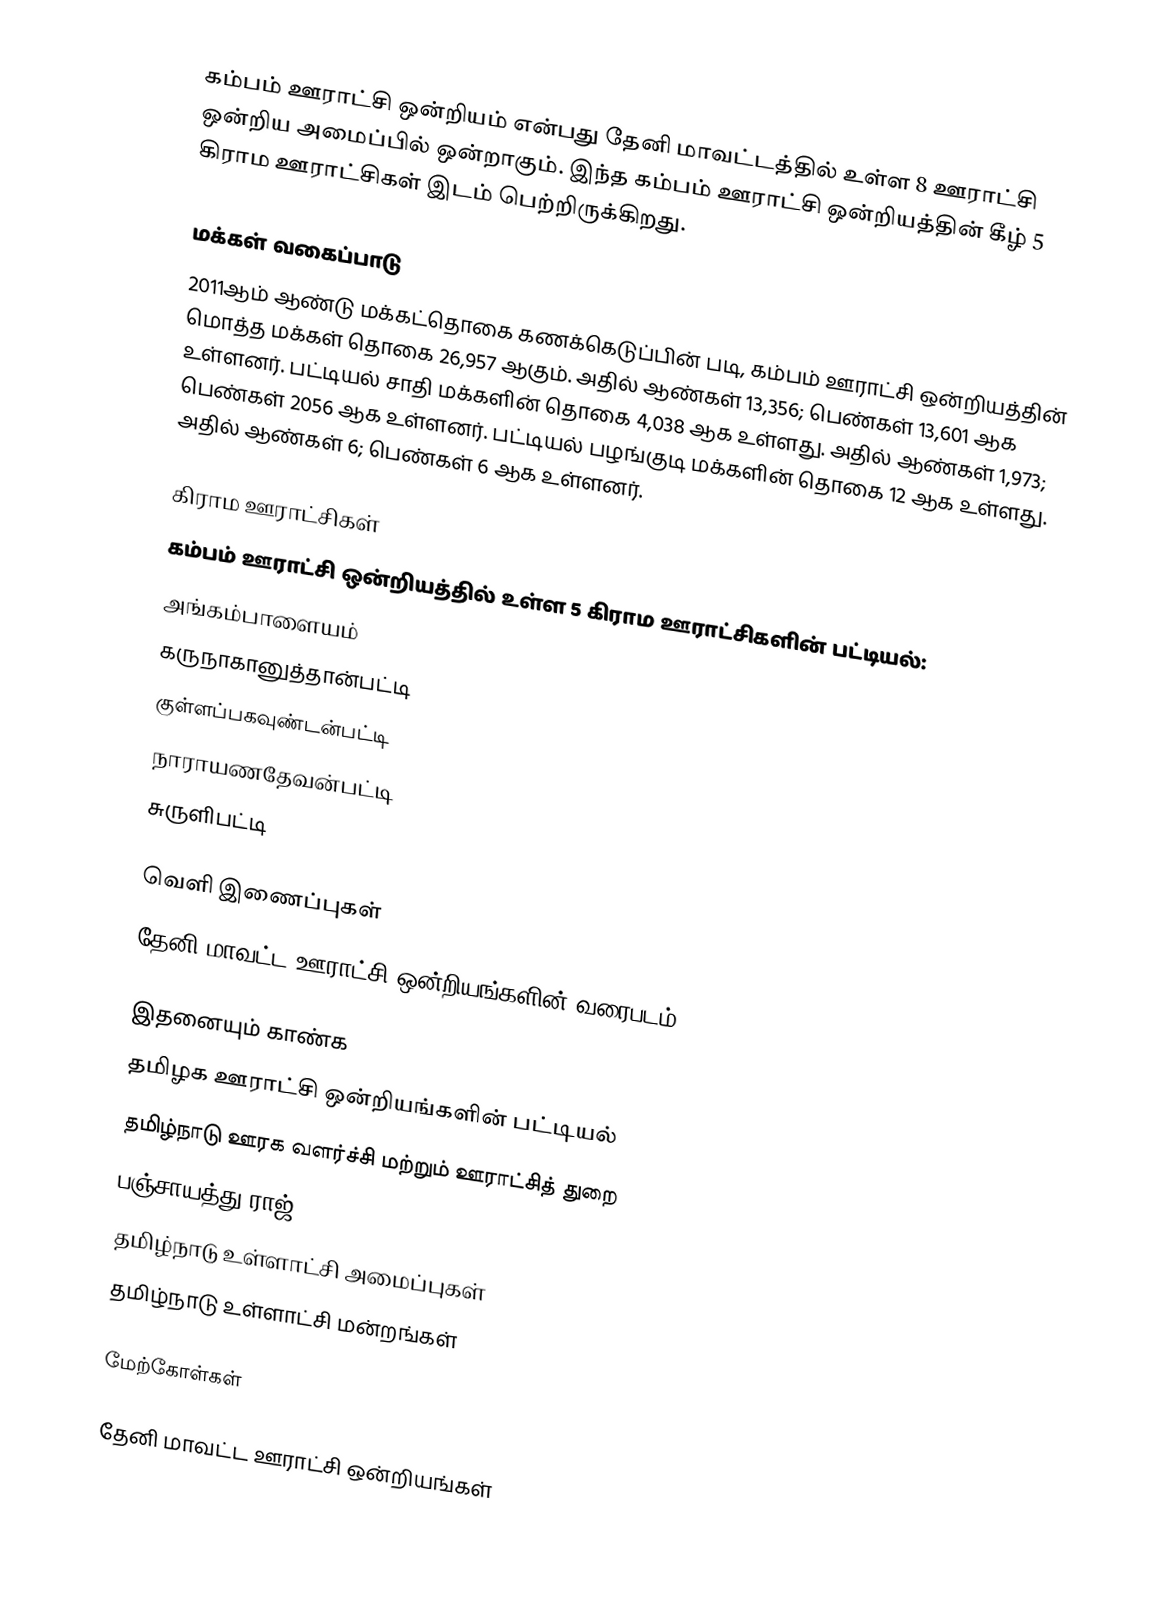
கம்பம் ஊராட்சி ஒன்றியம் என்பது தேனி மாவட்டத்தில் உள்ள 8 ஊராட்சி ஒன்றிய அமைப்பில் ஒன்றாகும். இந்த கம்பம் ஊராட்சி ஒன்றியத்தின் கீழ் 5 கிராம ஊராட்சிகள் இடம் பெற்றிருக்கிறது.

மக்கள் வகைப்பாடு
2011ஆம் ஆண்டு மக்கட்தொகை கணக்கெடுப்பின் படி, கம்பம் ஊராட்சி ஒன்றியத்தின் மொத்த மக்கள் தொகை 26,957 ஆகும். அதில் ஆண்கள் 13,356; பெண்கள் 13,601 ஆக உள்ளனர். பட்டியல் சாதி மக்களின் தொகை 4,038 ஆக உள்ளது. அதில் ஆண்கள் 1,973;  பெண்கள் 2056 ஆக உள்ளனர்.  பட்டியல் பழங்குடி மக்களின் தொகை 12 ஆக உள்ளது. அதில் ஆண்கள் 6; பெண்கள் 6 ஆக உள்ளனர்.

கிராம ஊராட்சிகள்
கம்பம் ஊராட்சி ஒன்றியத்தில் உள்ள 5  கிராம ஊராட்சிகளின் பட்டியல்:
 அங்கம்பாளையம்
 கருநாகானுத்தான்பட்டி
 குள்ளப்பகவுண்டன்பட்டி
 நாராயணதேவன்பட்டி
 சுருளிபட்டி

வெளி இணைப்புகள்
  தேனி மாவட்ட ஊராட்சி ஒன்றியங்களின் வரைபடம்

இதனையும் காண்க
 தமிழக ஊராட்சி ஒன்றியங்களின் பட்டியல்
 தமிழ்நாடு ஊரக வளர்ச்சி மற்றும் ஊராட்சித் துறை
 பஞ்சாயத்து ராஜ்
 தமிழ்நாடு உள்ளாட்சி அமைப்புகள்
 தமிழ்நாடு உள்ளாட்சி மன்றங்கள்

மேற்கோள்கள்

தேனி மாவட்ட ஊராட்சி ஒன்றியங்கள்